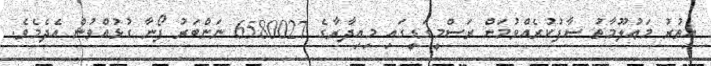
އިތުރު މަޢުލޫމާތު ސާފުކުރެއްވުމަށް ރަސްމީގަޑީގައި މިއިދާރާގެ 6580027 ނަންބަރު ފޯނާ ގުޅުއްވުން އެދެމެވެ.